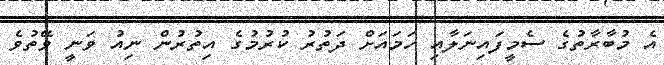
އެ މުބާރާތުގެ ސެމީފައިނަލާއި ހަމައަށް ދަތުރު ކުރުމުގެ އިތުރުން ނިއު ވަނީ ވޭތުވެ